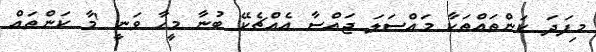
މިފަދަ ކަންތައްތަކާ މައްސަލަ ޖައްސާ އެއްޗެކޭ ބުނާ މީހާ ވަނީ 'މާ ކަންތައް